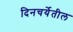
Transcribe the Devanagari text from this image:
दिनचर्येतील